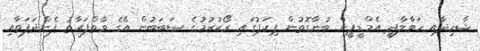
ޝާހިދާއި ހަވާލާދީ އެމްޑީޕީން ބުނާގޮތުން ޕިކަޕުގައި ރޯކުރުމުގެ ސަބަބުން އޭގެ ވާތްފަރާތު ފެންދަފަތާއި